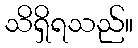
သိရှိရသည်။